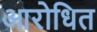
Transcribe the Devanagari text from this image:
आरोधित